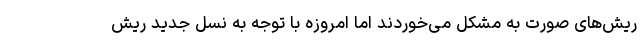
ریش‌های صورت به مشکل می‌خوردند اما امروزه با توجه به نسل جدید ریش